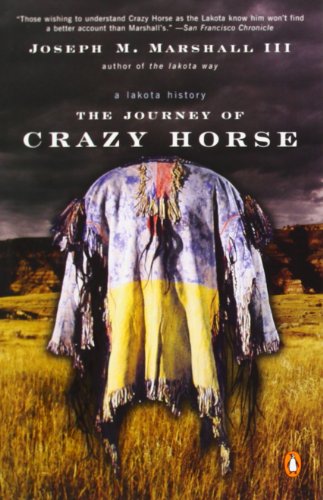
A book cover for The Journey of Crazy Horse: A Lakota History; Joseph M. Marshall III; Biographies & Memoirs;